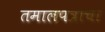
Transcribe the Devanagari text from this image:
तमालपत्राचा